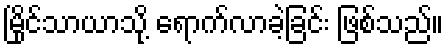
မြိုင်သာယာသို့ ရောက်လာခဲ့ခြင်း ဖြစ်သည်။